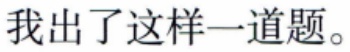
我出了这样一道题。